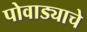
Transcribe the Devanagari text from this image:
पोवाड्याचे